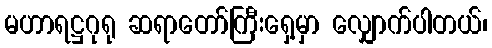
မဟာရဋ္ဌဂုရု ဆရာတော်ကြီးရှေ့မှာ လျှောက်ပါတယ်၊